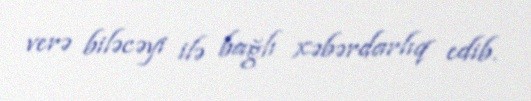
verə biləcəyi ilə bağlı xəbərdarlıq edib.